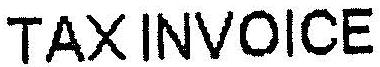
TAX INVOICE